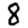
Digit: 8